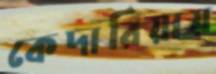
কেদারিয়ায়